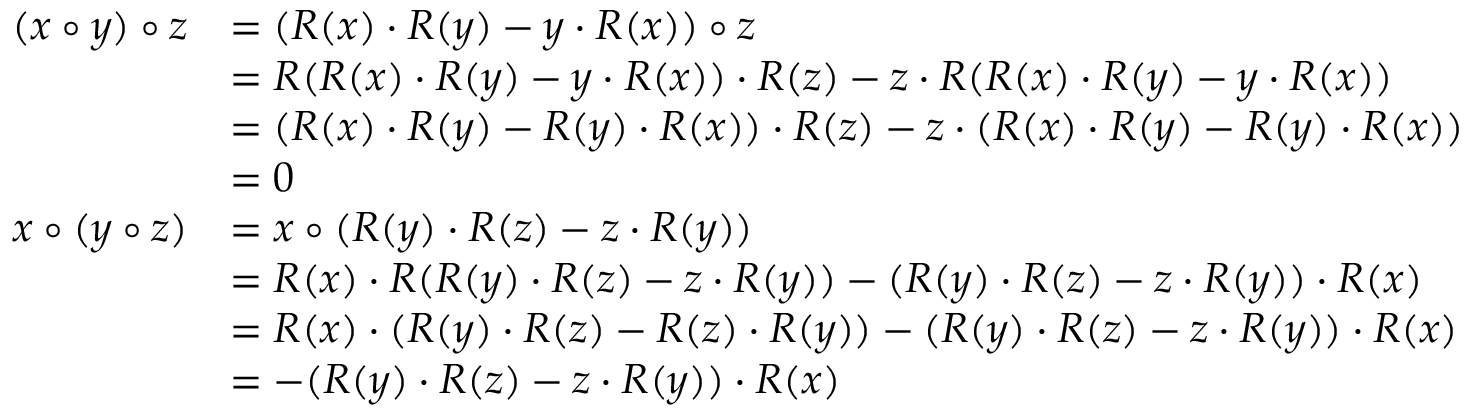
\begin{array} { r l } { ( x \circ y ) \circ z } & { = ( R ( x ) \cdot R ( y ) - y \cdot R ( x ) ) \circ z } \\ & { = R ( R ( x ) \cdot R ( y ) - y \cdot R ( x ) ) \cdot R ( z ) - z \cdot R ( R ( x ) \cdot R ( y ) - y \cdot R ( x ) ) } \\ & { = ( R ( x ) \cdot R ( y ) - R ( y ) \cdot R ( x ) ) \cdot R ( z ) - z \cdot ( R ( x ) \cdot R ( y ) - R ( y ) \cdot R ( x ) ) } \\ & { = 0 } \\ { x \circ ( y \circ z ) } & { = x \circ ( R ( y ) \cdot R ( z ) - z \cdot R ( y ) ) } \\ & { = R ( x ) \cdot R ( R ( y ) \cdot R ( z ) - z \cdot R ( y ) ) - ( R ( y ) \cdot R ( z ) - z \cdot R ( y ) ) \cdot R ( x ) } \\ & { = R ( x ) \cdot ( R ( y ) \cdot R ( z ) - R ( z ) \cdot R ( y ) ) - ( R ( y ) \cdot R ( z ) - z \cdot R ( y ) ) \cdot R ( x ) } \\ & { = - ( R ( y ) \cdot R ( z ) - z \cdot R ( y ) ) \cdot R ( x ) } \end{array}